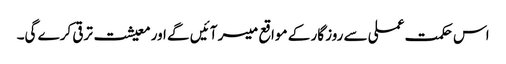
اس حکمت عملی سے روز گار کے مواقع میسر آئیں گے اور معیشت ترقی کرے گی۔